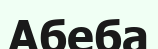
Абеба